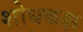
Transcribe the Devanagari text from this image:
शोधकक्ष